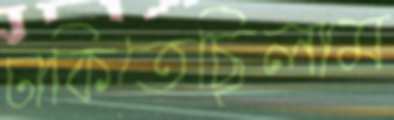
ঢাকিতেছিলাম